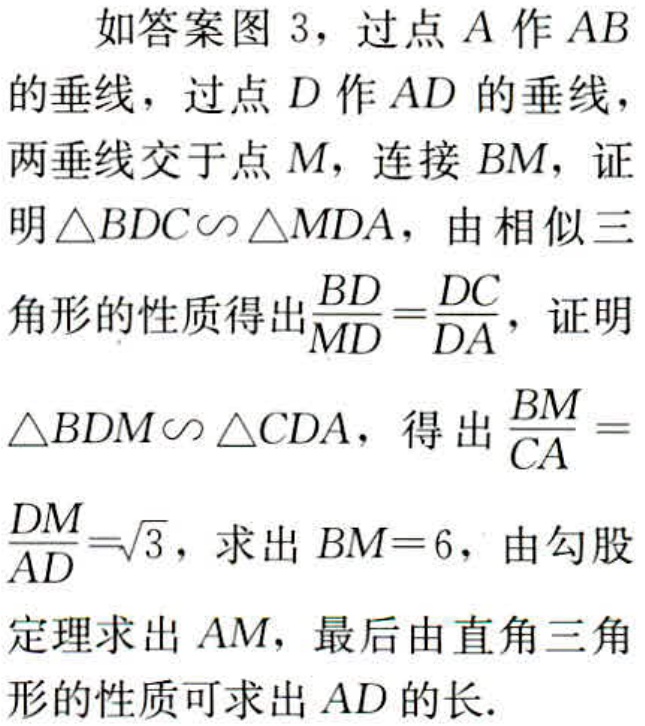
如答案图 3，过点 \(A\) 作 \(AB\) 的垂线，过点 \(D\) 作 \(AD\) 的垂线，两垂线交于点 \(M\)，连接 \(BM\)，证明\(\triangle BDC\sim\triangle MDA\)，由相似三角形的性质得出\(\frac{BD}{MD}=\frac{DC}{DA}\)，证明\(\triangle BDM\sim\triangle CDA\)，得出\(\frac{BM}{CA}=\frac{DM}{AD}=\sqrt{3}\)，求出 \(BM = 6\)，由勾股定理求出 \(AM\)，最后由直角三角形的性质可求出 \(AD\) 的长.